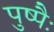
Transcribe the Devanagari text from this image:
पुष्पैः